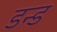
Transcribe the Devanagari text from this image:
डन्ड